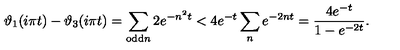
\vartheta _ { 1 } ( i \pi t ) - \vartheta _ { 3 } ( i \pi t ) = \sum _ { \mathrm { o d d } n } 2 e ^ { - n ^ { 2 } t } < 4 e ^ { - t } \sum _ { n } e ^ { - 2 n t } = \frac { 4 e ^ { - t } } { 1 - e ^ { - 2 t } } .